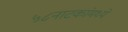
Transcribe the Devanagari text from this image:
५८नाटकांमध्ये